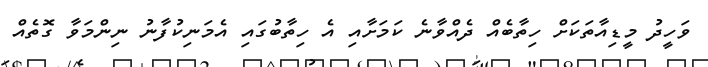
ވަހީދު މީޑިއާތަކަށް ހިތާބެއް ދެއްވާނެ ކަމަށާއި އެ ހިތާބުގައި އެމަނިކުފާނު ނިންމަވާ ގޮތެއް